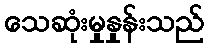
သေဆုံးမှုနှုန်းသည်